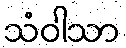
သံဝါသာ